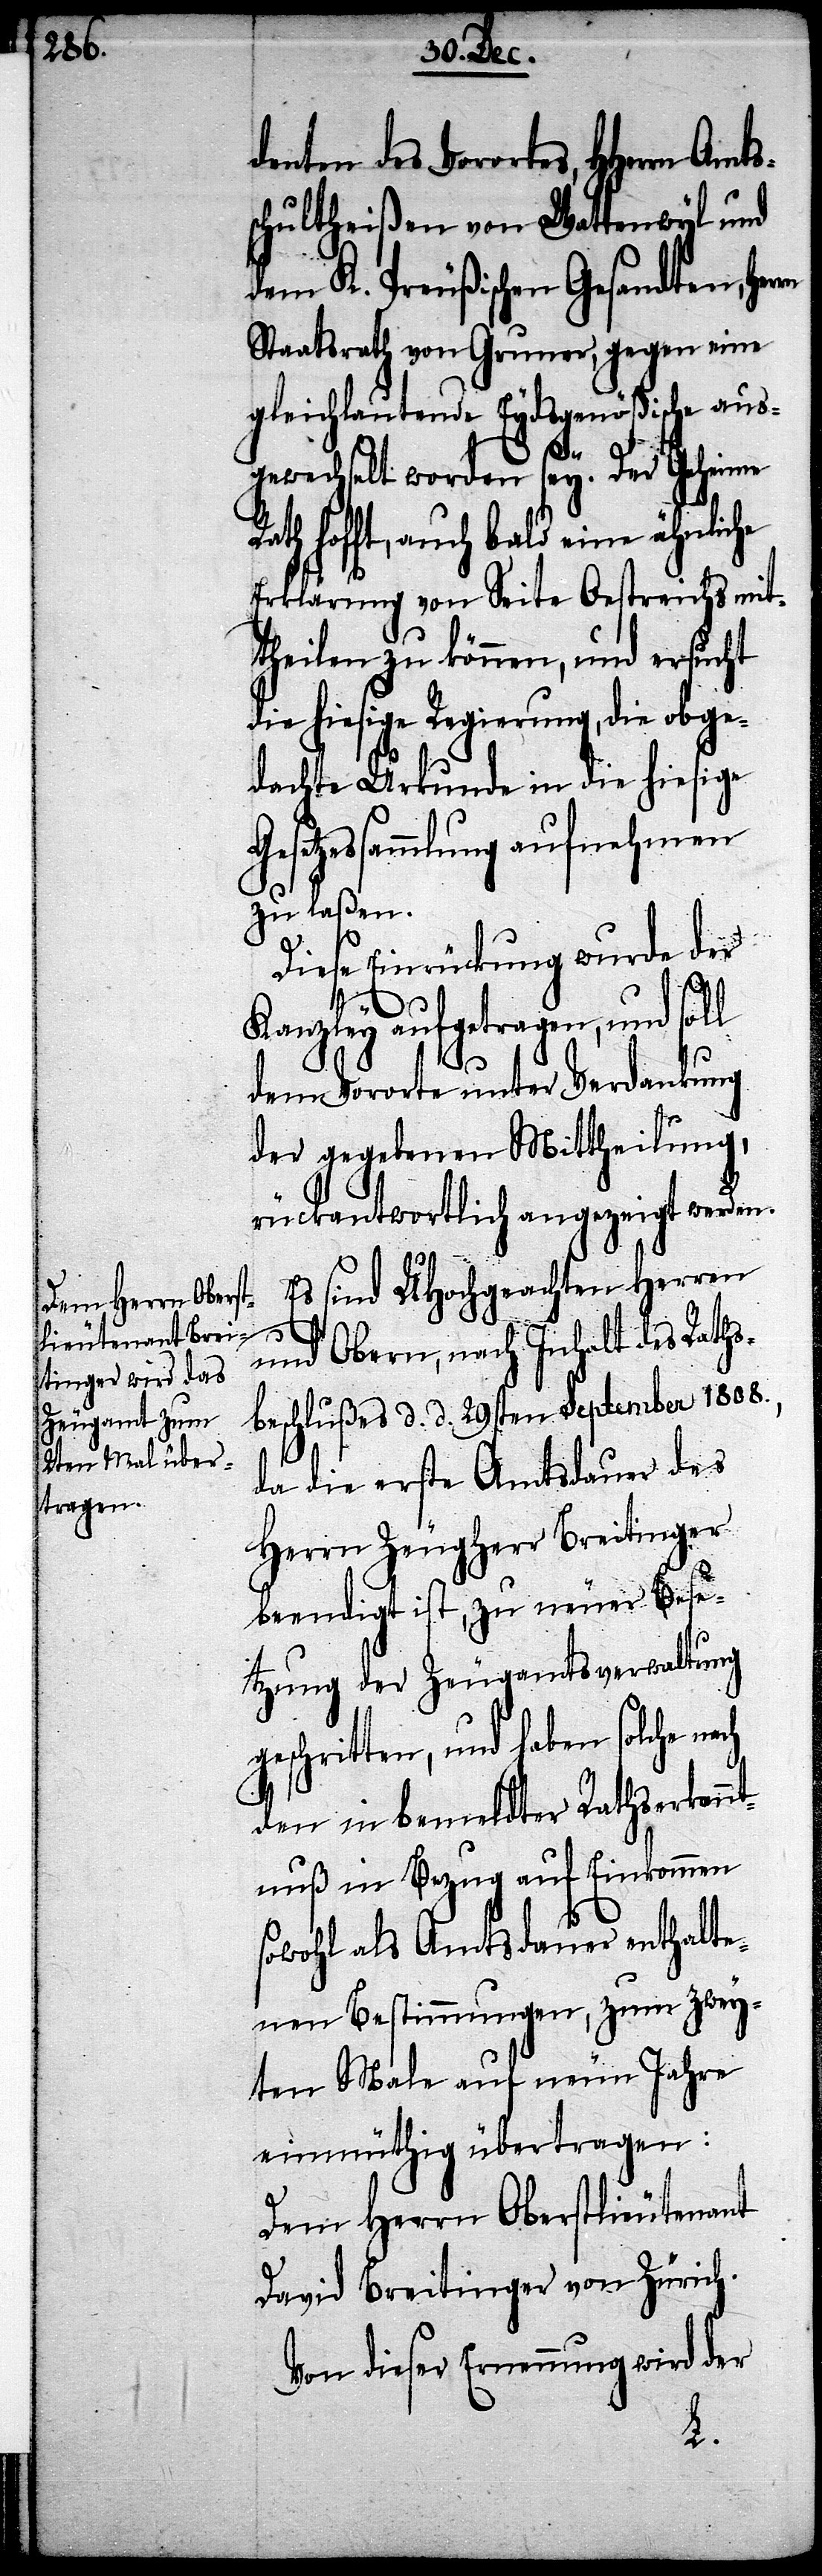
denten des Vorortes, HHerrn A¬
schultheißen von Wattenwyl und
dem K. Preußischen Gesandten, Her¬
Staatsrath von Gruner, gegen eine
gleichlautende Eydsgenößische aus¬
ch
gewechselt worden sey. Der Geheime
hofft, auch bald eine ähnliche
Erklärung von Seite Oestreichs mit¬
theilen zu können, und ersucht
die hiesige Regierung, die obge¬
dachte Urkunde in die hiesige
setzessammlung aufnehmen
zu laßen.
Diese Einrückung wurde der
Kanzley aufgetragen, und soll
dem Vororte unter Verdankung
der gegebenen Mittheilung,
rückantwortlich angezeigt werden.
Es sint UHochgeachten Herren
und Obern, nach Inhalt des Raths¬
beschlußes d. d. 29sten September 1808.,
da die erste Amtsdauer des
Herrn Zeugherr Breitinger
beendigt ist, zu neuer Bese¬
tzung der Zeugamtsverwaltung
geschritten, und haben solche na¬
den in bemeldter Rathserkann¬
tnuß in Bezug auf Einkommen
sowohl als Amtsdauer enthalte¬
nen Bestimmungen, zum zwey¬
ten Male auf neun Jahre
einmüthig übertragen:
Dem Herrn Oberstlieutenant
David Breitinger von Zürich.
Von dieser Ernennung wird der